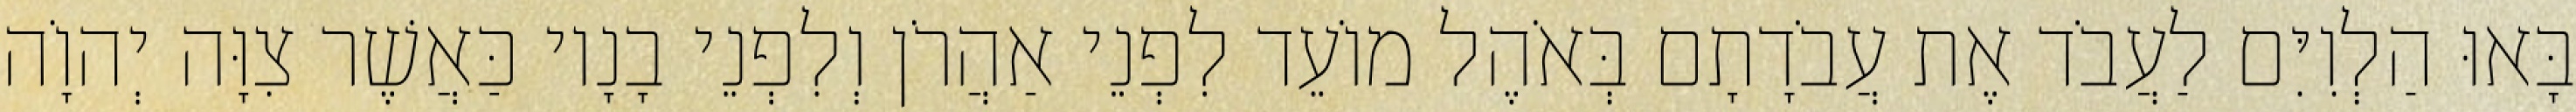
בָּאוּ הַלְוִיִּם לַעֲבֹד אֶת עֲבֹדָתָם בְּאֹהֶל מוֹעֵד לִפְנֵי אַהֲרֹן וְלִפְנֵי בָנָיו כַּאֲשֶׁר צִוָּה יְהוָֹה